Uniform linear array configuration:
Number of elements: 48
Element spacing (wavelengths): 0.75
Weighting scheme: blackman
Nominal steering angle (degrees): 15
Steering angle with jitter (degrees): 15.185
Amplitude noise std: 0.05
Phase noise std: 0.05

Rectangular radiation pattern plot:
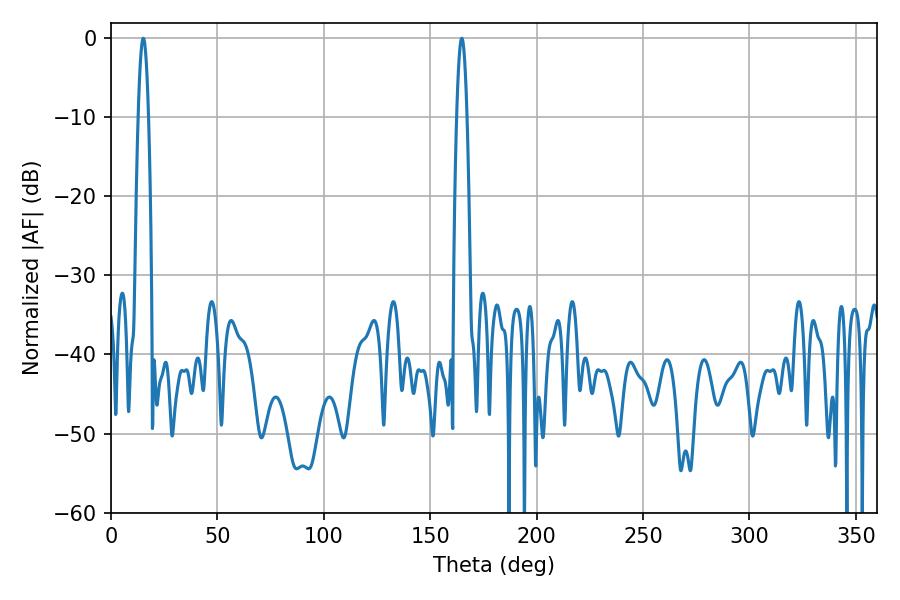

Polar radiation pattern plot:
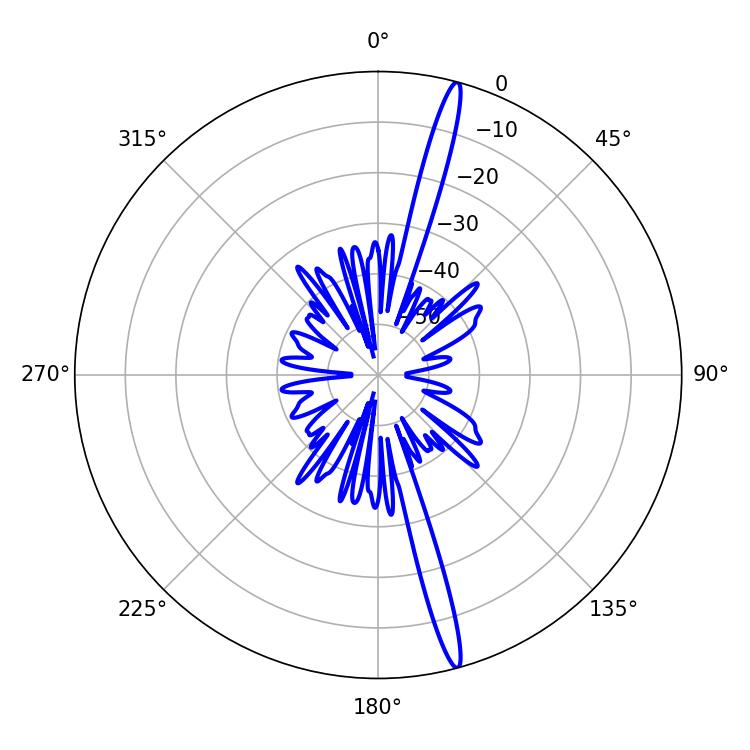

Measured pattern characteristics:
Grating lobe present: TRUE
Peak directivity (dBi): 18.767
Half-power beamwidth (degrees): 2.52
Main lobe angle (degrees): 164.88